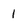
Character: 1